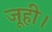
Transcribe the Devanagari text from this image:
जूही।